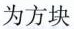
为方块